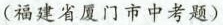
(福建省厦门市中考题)